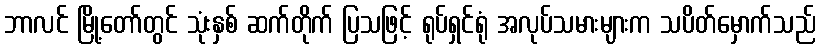
ဘာလင် မြို့တော်တွင် သုံးနှစ် ဆက်တိုက် ပြသဖြင့် ရုပ်ရှင်ရုံ အလုပ်သမားများက သပိတ်မှောက်သည်